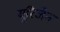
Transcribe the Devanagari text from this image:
यूरिजेन